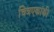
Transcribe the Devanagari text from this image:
चित्रएकांकी